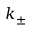
k _ { \pm }